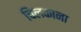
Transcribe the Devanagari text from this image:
चिलकाना